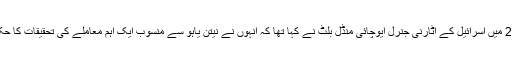
جولائی 2016 میں اسرائیل کے اٹارنی جنرل ایوچائی منڈل بلٹ نے کہا تھا کہ انہوں نے نیتن یاہو سے منسوب ایک اہم معاملے کی تحقیقات کا حکم دے دیا ہے۔